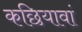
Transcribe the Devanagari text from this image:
कछियावां